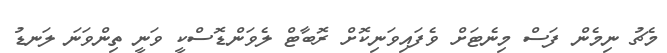
މެޗު ނިމެން ފަސް މިނެޓަށް ވެފައިވަނިކޮށް ރޮބާޓް ލެވަންޑޮސްކީ ވަނީ ތިންވަނަ ލަނޑު